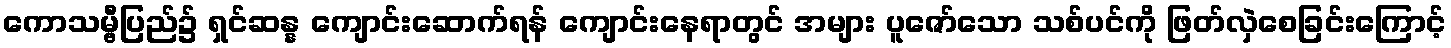
ကောသမ္ဗီပြည်၌ ရှင်ဆန္န ကျောင်းဆောက်ရန် ကျောင်းနေရာတွင် အများ ပူဇော်သော သစ်ပင်ကို ဖြတ်လှဲစေခြင်းကြောင့်